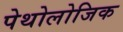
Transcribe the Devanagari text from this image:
पेथोलोजिक